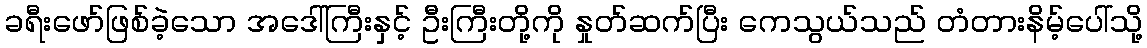
ခရီးဖော်ဖြစ်ခဲ့သော အဒေါ်ကြီးနှင့် ဦးကြီးတို့ကို နှုတ်ဆက်ပြီး ကေသွယ်သည် တံတားနိမ့်ပေါ်သို့